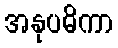
အနုပဓိကာ